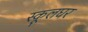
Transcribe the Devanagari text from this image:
स्कूलघर